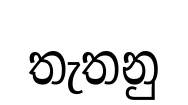
තැතනු